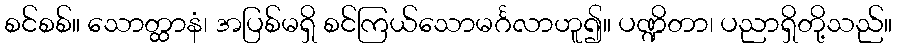
စင်စစ်။ သောတ္ထာနံ၊ အပြစ်မရှိ စင်ကြယ်သောမင်္ဂလာဟူ၍။ ပဏ္ဍိတာ၊ ပညာရှိတို့သည်။